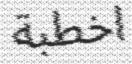
اخطبة